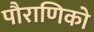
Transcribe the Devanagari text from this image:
पौराणिको